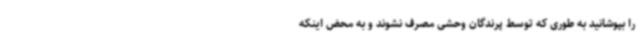
را بپوشانید به طوری که توسط پرندگان وحشی مصرف نشوند و به محض اینکه